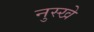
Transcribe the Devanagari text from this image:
नुस्‍खे